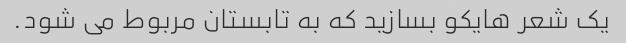
یک شعر هایکو بسازید که به تابستان مربوط می شود.